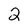
Character: 2